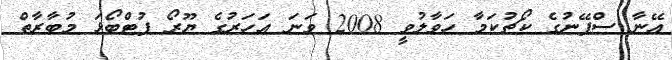
އޭނާ ސްޕޭނުގެ ކޯޗުކަމާ ހަވާލުވީ 2008 ވަނަ އަހަރުގެ ޔޫރޯ ފުޓްބޯޅަ މުބާރާތް